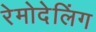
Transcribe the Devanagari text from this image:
रेमोदेलिंग